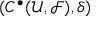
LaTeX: ( C ^ { \bullet } ( { \mathcal { U } } , { \mathcal { F } } ) , \delta )